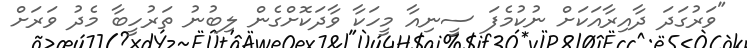
"ވަރުގަދަ ދާއިރާއަކަށް ނުކުމެފަ ސީނިއާ މީހަކާ ވާދަކޮށްގެން ލިބުނު ތަރުހީބާ މެދު ވަރަށް